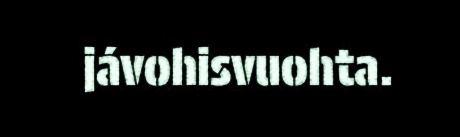
jávohisvuohta.